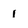
Character: 1